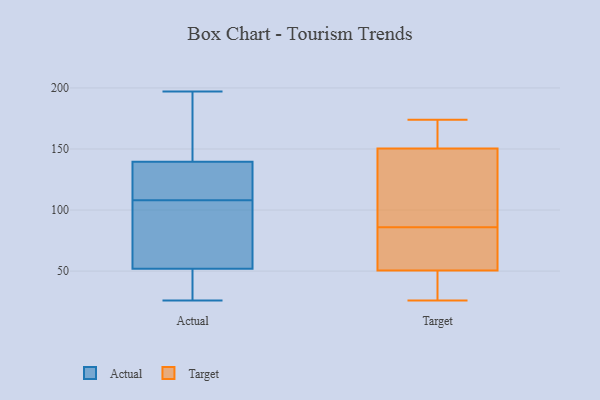
{"axis": {"x": "Satisfaction Score", "y": "Value"}, "legend": ["Actual", "Target"], "data": [{"x": "", "y": 26, "type": "Actual"}, {"x": "", "y": 59, "type": "Actual"}, {"x": "", "y": 138, "type": "Actual"}, {"x": "", "y": 45, "type": "Actual"}, {"x": "", "y": 28, "type": "Actual"}, {"x": "", "y": 157, "type": "Actual"}, {"x": "", "y": 60, "type": "Actual"}, {"x": "", "y": 134, "type": "Actual"}, {"x": "", "y": 141, "type": "Actual"}, {"x": "", "y": 118, "type": "Actual"}, {"x": "", "y": 98, "type": "Actual"}, {"x": "", "y": 197, "type": "Actual"}, {"x": "", "y": 127, "type": "Target"}, {"x": "", "y": 56, "type": "Target"}, {"x": "", "y": 65, "type": "Target"}, {"x": "", "y": 61, "type": "Target"}, {"x": "", "y": 107, "type": "Target"}, {"x": "", "y": 165, "type": "Target"}, {"x": "", "y": 36, "type": "Target"}, {"x": "", "y": 152, "type": "Target"}, {"x": "", "y": 26, "type": "Target"}, {"x": "", "y": 174, "type": "Target"}, {"x": "", "y": 149, "type": "Target"}, {"x": "", "y": 45, "type": "Target"}]}